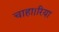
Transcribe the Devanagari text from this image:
चाहा।रिया